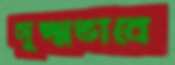
সূক্ষ্মভাবে